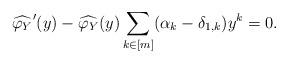
LaTeX: \begin{align*} \widehat{\varphi_Y}'(y) - \widehat{\varphi_Y}(y) \sum_{k\in [m]} (\alpha_k-\delta_{1,k}) y^k = 0.\end{align*}